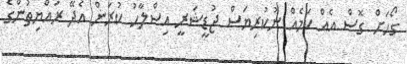
ގޯހަށް ގޮސް އެއް ކަމެއް ނުކުރިޔަސް ޖުޑީޝަރީ އިސްލާހު ކުރަން އެދޭ ރައްޔިތުންގެ